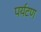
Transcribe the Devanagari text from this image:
पर्यटण